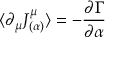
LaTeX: \langle \partial _ { \mu } J _ { ( \alpha ) } ^ { \mu } \rangle = - \frac { \partial \Gamma } { \partial \alpha }